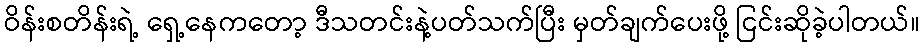
ဝိန်းစတိန်းရဲ့ ရှေ့နေကတော့ ဒီသတင်းနဲ့ပတ်သက်ပြီး မှတ်ချက်ပေးဖို့ ငြင်းဆိုခဲ့ပါတယ်။